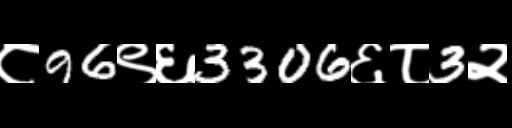
Text: ८96९६3306६८3२